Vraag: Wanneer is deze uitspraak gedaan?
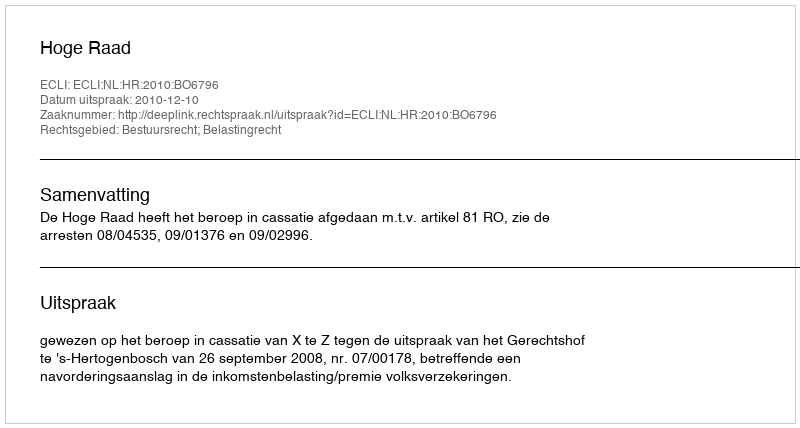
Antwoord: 2010-12-10